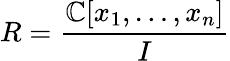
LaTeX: R={\frac{\mathbb{C}[x_{1},\ldots,x_{n}]}{I}}